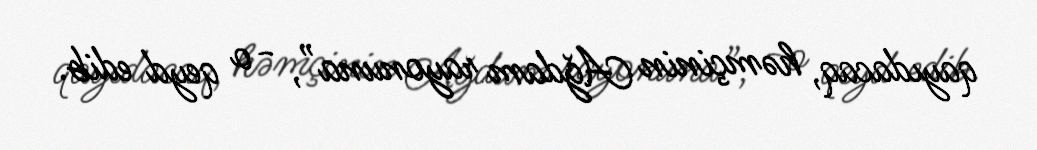
qayıdacaq, həmçinin Ağdam rayonuna”, - o qeyd edib.